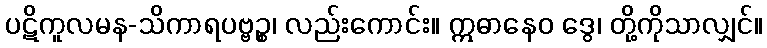
ပဋိကူလမန-သိကာရပဗ္ဗဉ္စ၊ လည်းကောင်း။ ဣဓာနေဝ ဒွေ၊ တို့ကိုသာလျှင်။